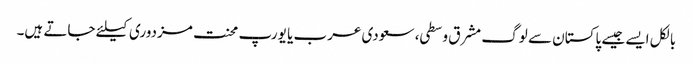
بالکل ایسے جیسے پاکستان سے لوگ مشرق وسطی، سعودی عرب یا یورپ محنت مزدوری کیلئے جاتے ہیں۔